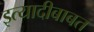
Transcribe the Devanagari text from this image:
इत्यादीबाबत